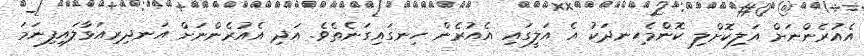
އެއުރެންނަށް އަލިކޮށްލި ކޮންމެހިނދަކު އެ އަލީގައި އެއުރެން ހިނގައިގަނެތެވެ. އަދި އެއުރެންނަށް އަނދިރިއަޅާލައިފިނަމަ